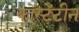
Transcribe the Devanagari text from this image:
कोंस्टेंटीन